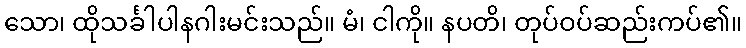
သော၊ ထိုသင်္ခါပါနဂါးမင်းသည်။ မံ၊ ငါကို။ နပတိ၊ တုပ်ဝပ်ဆည်းကပ်၏။